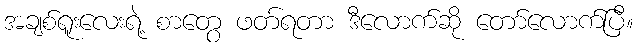
အချစ်ရူးလေးရဲ့ စာတွေ ဖတ်ရတာ ဒီလောက်ဆို တော်လောက်ပြီ။